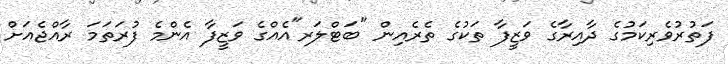
ފަތުރުވެރިކަމުގެ ދާއިރާގެ ވަޒީފާ ތަކުގެ ތެރެއިން "ބަޓްލަރ"އެއްގެ ވަޒީފާ އެންމެ ފުރަތަމަ ރާއްޖެއަށް